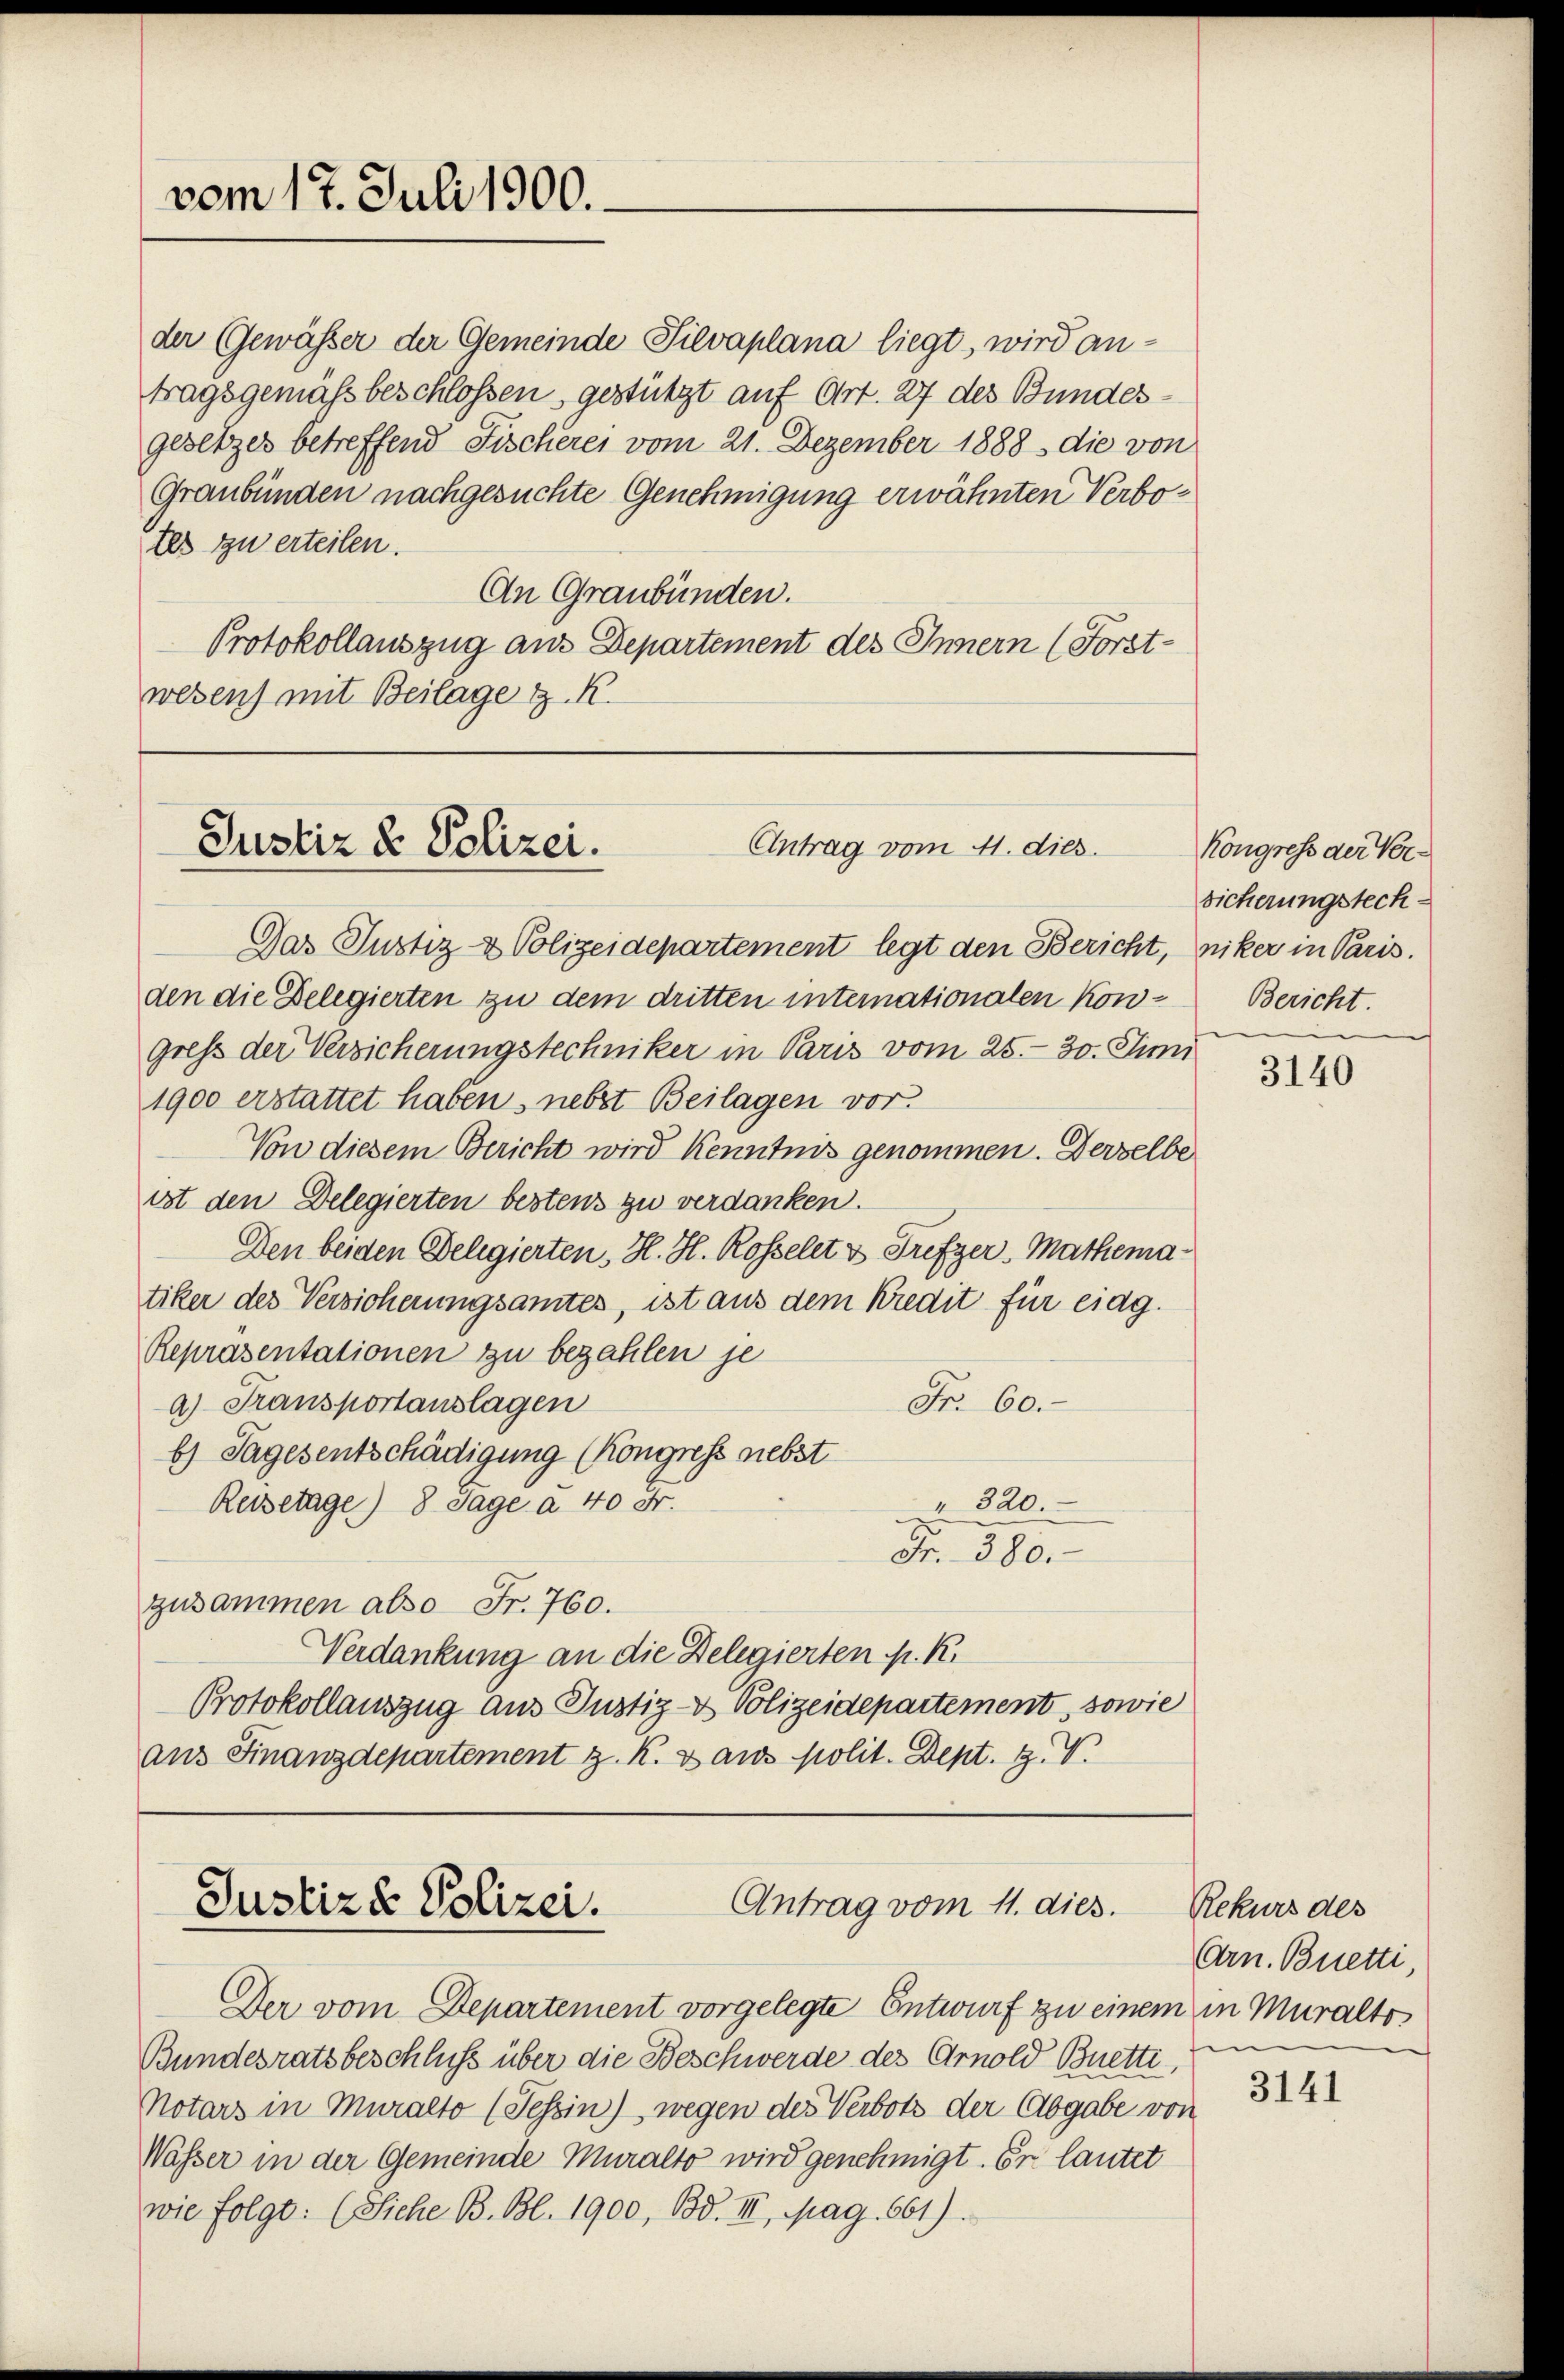
der Gewässer der Gemeinde Silvaplana liegt, wird an-
tragsgemäß beschlossen gestützt auf Art. 27 des Bundesgesetzes betreffend Fischerei vom 21. Dezember 1888 die von
Graubünden nachgesuchte Genehmigung erwähnten Verbotes zu erteilen.
An Graubünden.
Protokollauszug aus Departement des Innern (Forst-
wesen) mit Beilage z. R.

vom 17. Juli 1900.

Antrag vom 11. dies.
Justiz & Polizei.

Das Justiz- & Polizeidepartement legt den Bericht,
den die Delegierten zu dem dritten internationalen Kongress der Versicherungstechniker in Paris vom 25. - 30. Juni
1900 erstattet haben, nebst Beilagen vor
Von diesem Bericht wird Kenntnis genommen. Derselbe
ist den Delegierten bestens zu verdanken.
Den beiden Delegierten, H. H. Rossellt & Trefzer-Mathematiker des Versicherungsamtes, ist aus dem Kredit für eidg.
Repräsentationen zu bezahlen je
Fr. 60.
a) Transportanslagen
b) Sagesentschädigung (Kongress nebst
Reisetage) 8 Tage a 40 Fr.
" 320.
Fr. 380.
zusammen also Fr. 760.
Verdankung an die Belegierten M. R.
Protokollauszug aus Justiz- & Polizeidepartement, sowie
ans Finanzdepartement z. K. Dans polit. Dept. Z. V.

Antrag vom 11. dies.
Justiz & Polizei.

Der vom Departement vorgelegte Entwurf zu einem in Muralto
Bundesratsbeschluss über die Beschwerde des Arnold Buetti,
Notars in Muralto (Tessin), wegen des Verbots der Abgabe von
Wasser in der Gemeinde Muralto wird genehmigt. Er lautet
wie folge: (Siehe B. Bl. 1900, Bd. III, pag. 661).

Kongress der Ver¬
Sicherungsrech
niker in Paris.
Bericht.

3140

Rekurs des
Arn. Bretti,
in

3141